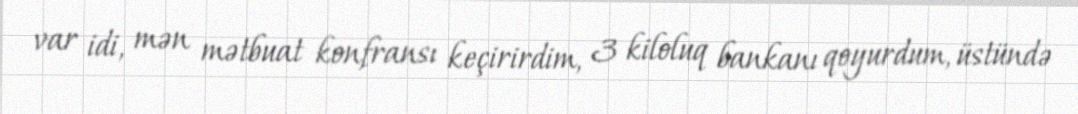
var idi, mən mətbuat konfransı keçirirdim, 3 kiloluq bankanı qoyurdum, üstündə